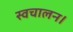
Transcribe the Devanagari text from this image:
स्वचालन।